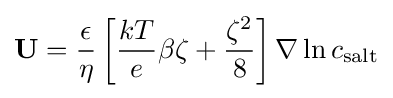
{\bf {U}}={\frac {\epsilon }{\eta }}\left[{\frac {kT}{e}}\beta \zeta +{\frac {\zeta ^{2}}{8}}\right]\nabla \ln c_{\text{salt}}